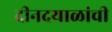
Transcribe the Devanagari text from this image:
दीनदयाळांची